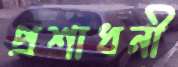
প্রশাধনী